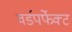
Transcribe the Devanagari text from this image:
वर्डपर्फेक्ट